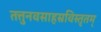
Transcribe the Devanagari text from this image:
तत्तुनवसाहस्रविस्तृतम्